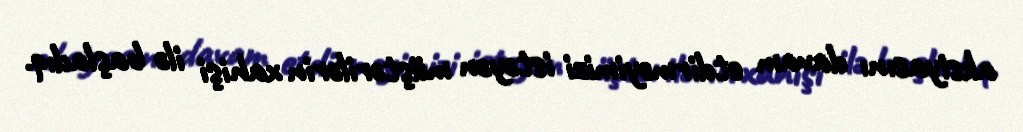
aksiyasını davam etdirməyimizi istəyən müştərilərin xahişi ilə başladıq.